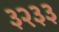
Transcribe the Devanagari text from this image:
३२३३